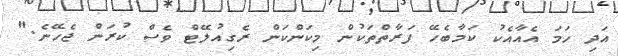
އަދި ހަމަ އެއާއެކު ކަމާބެހޭ ފަރާތްތަކުން މިކަންކަން ރެގިއުލޭޓް ވެސް ކުރަން ޖެހޭނެ."